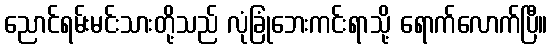
ညောင်ရမ်းမင်းသားတို့သည် လုံခြုံဘေးကင်းရာသို့ ရောက်လောက်ပြီ။